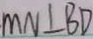
M N \bot B D